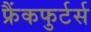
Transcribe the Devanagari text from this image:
फ्रैंकफुर्टर्स